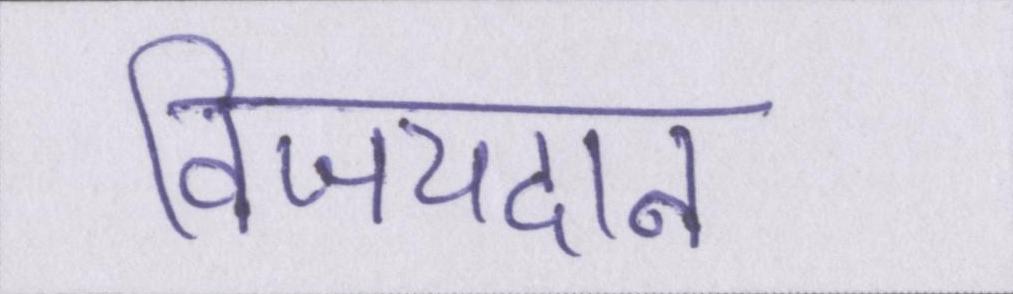
विजयदान